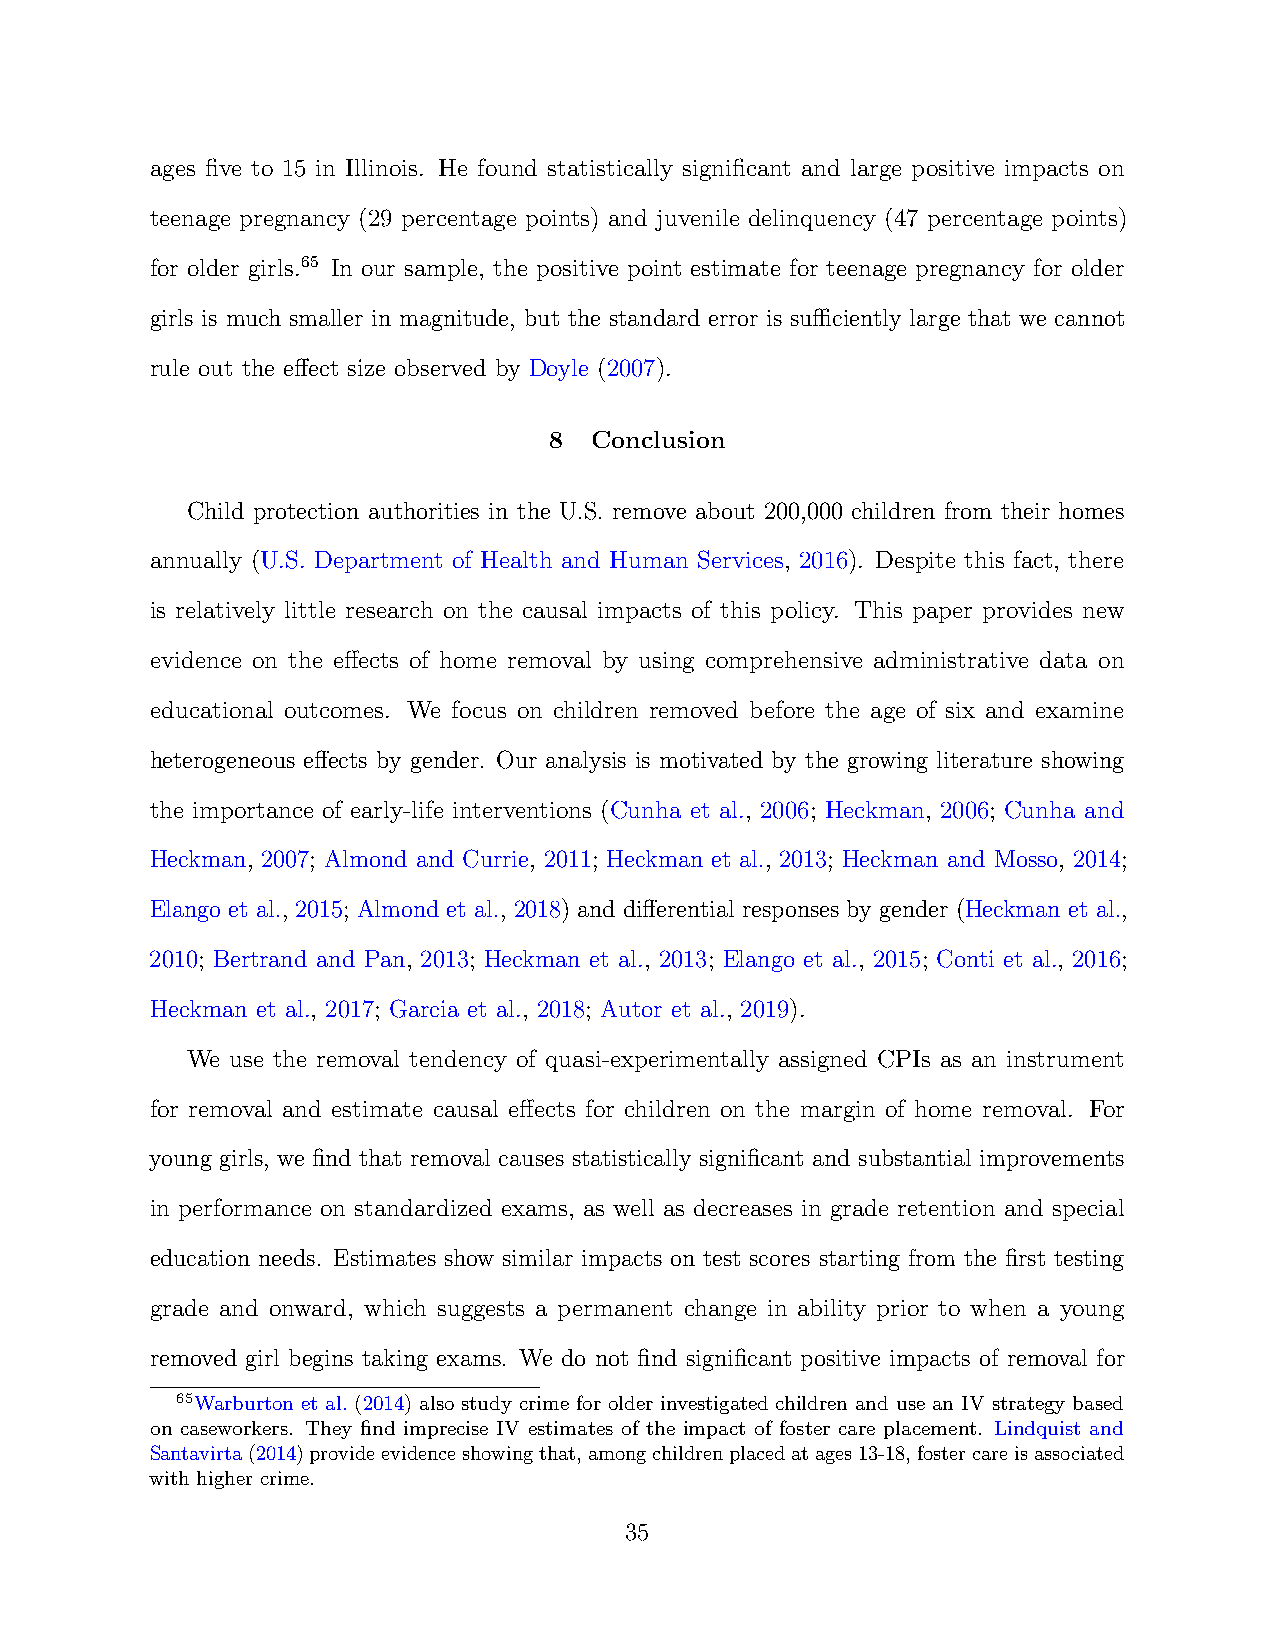
ages five to 15 in Illinois. He found statistically significant and large positive impacts on
 teenage pregnancy (29 percentage points) and juvenile delinquency (47 percentage points)
 for older girls.65 In our sample, the positive point estimate for teenage pregnancy for older
 girls is much smaller in magnitude, but the standard error is sufficiently large that we cannot
 rule out the effect size observed by Doyle (2007).
 8  Conclusion
 Child protection authorities in the U.S. remove about 200,000 children from their homes
 annually (U.S. Department of Health and Human Services, 2016). Despite this fact, there
 is relatively little research on the causal impacts of this policy. This paper provides new
 evidence on the effects of home removal by using comprehensive administrative data on
 educational outcomes. We focus on children removed before the age of six and examine
 heterogeneous effects by gender. Our analysis is motivated by the growing literature showing
 the importance of early-life interventions (Cunha et al., 2006; Heckman, 2006; Cunha and
 Heckman, 2007; Almond and Currie, 2011; Heckman et al., 2013; Heckman and Mosso, 2014;
 Elango et al., 2015; Almond et al., 2018) and differential responses by gender (Heckman et al.,
 2010; Bertrand and Pan, 2013; Heckman et al., 2013; Elango et al., 2015; Conti et al., 2016;
 Heckman et al., 2017; Garcia et al., 2018; Autor et al., 2019).
 We use the removal tendency of quasi-experimentally assigned CPIs as an instrument
 for removal and estimate causal effects for children on the margin of home removal. For
 young girls, we find that removal causes statistically significant and substantial improvements
 in performance on standardized exams, as well as decreases in grade retention and special
 education needs. Estimates show similar impacts on test scores starting from the first testing
 grade and onward, which suggests a permanent change in ability prior to when a young
 removed girl begins taking exams. We do not find significant positive impacts of removal for
 65Warburton et al. (2014) also study crime for older investigated children and use an IV strategy based
 on caseworkers. They find imprecise IV estimates of the impact of foster care placement. Lindquist and
 Santavirta(2014)provideevidenceshowingthat,amongchildrenplacedatages13-18,fostercareisassociated
 with higher crime.
 35